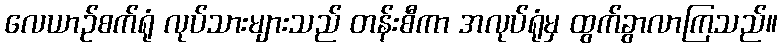
လေယာဉ်စက်ရုံ လုပ်သားများသည် တန်းစီကာ အလုပ်ရုံမှ ထွက်ခွာလာကြသည်။